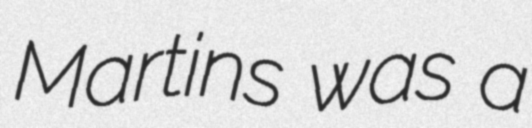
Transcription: Martins was a